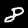
Digit: 8